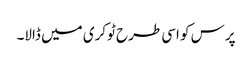
پرس کو اسی طرح ٹوکری میں ڈالا۔